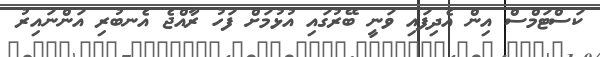
ކަސްޓަމްސް އިން އެދިފައި ވަނީ ބޭރުގައި އުޅުމަށް ފަހު ރާއްޖެ އެނބުރި އަންނައިރު